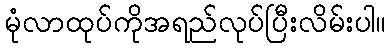
မုံလာထုပ်ကိုအရည်လုပ်ပြီးလိမ်းပါ။